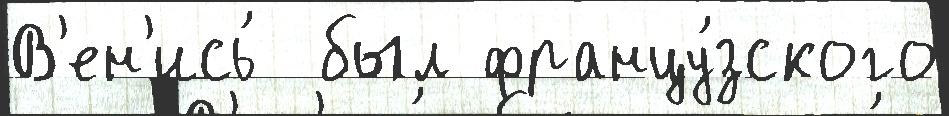
В'ен'ись́  был францу́зского